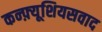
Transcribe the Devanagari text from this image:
कन्फ़्यूशियसवाद